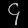
Digit: ၄